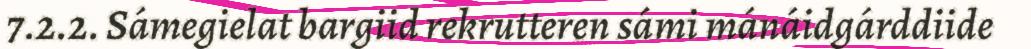
7.2.2. Sámegielat bargiid rekrutteren sámi mánáidgárddiide